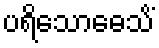
ပရိသောဓေသိံ